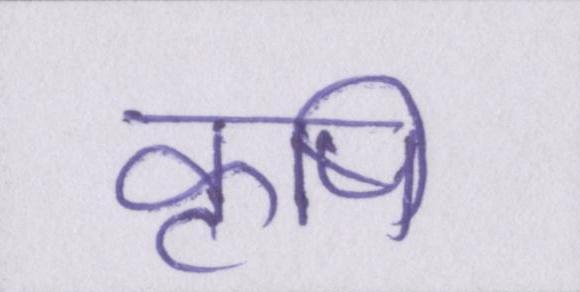
कॄषि